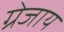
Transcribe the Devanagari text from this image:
ग्रेजाय